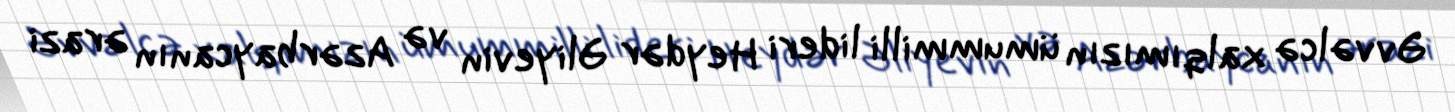
Əvvəlcə xalqımızın ümummilli lideri Heydər Əliyevin və Azərbaycanın ərazi